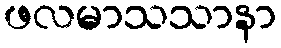
ဖလမာသသာနာ